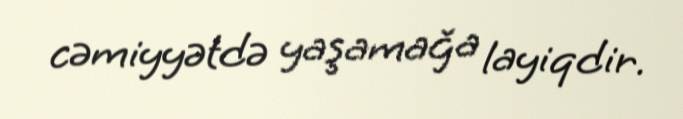
cəmiyyətdə yaşamağa layiqdir.